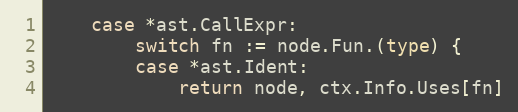
Language: Go
	case *ast.CallExpr:
		switch fn := node.Fun.(type) {
		case *ast.Ident:
			return node, ctx.Info.Uses[fn]